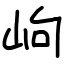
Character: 岣